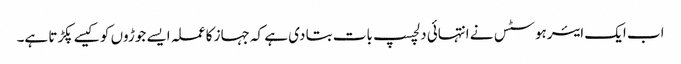
اب ایک ایئرہوسٹس نے انتہائی دلچسپ بات بتا دی ہے کہ جہاز کا عملہ ایسے جوڑوں کو کیسے پکڑتا ہے۔